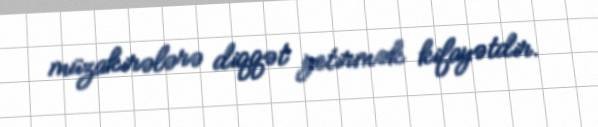
müzakirələrə diqqət yetirmək kifayətdir.